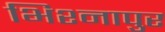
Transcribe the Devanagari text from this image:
भिश्नापुर